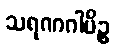
သရဏဂါမိဉ္စ